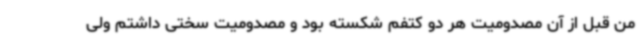
من قبل از آن مصدومیت هر دو کتفم شکسته بود و مصدومیت سختی داشتم ولی